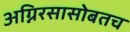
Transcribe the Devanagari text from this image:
अग्निरसासोबतच